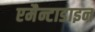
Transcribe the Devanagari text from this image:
एमैन्टाडाइन